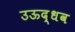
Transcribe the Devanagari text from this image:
उऊद्धव